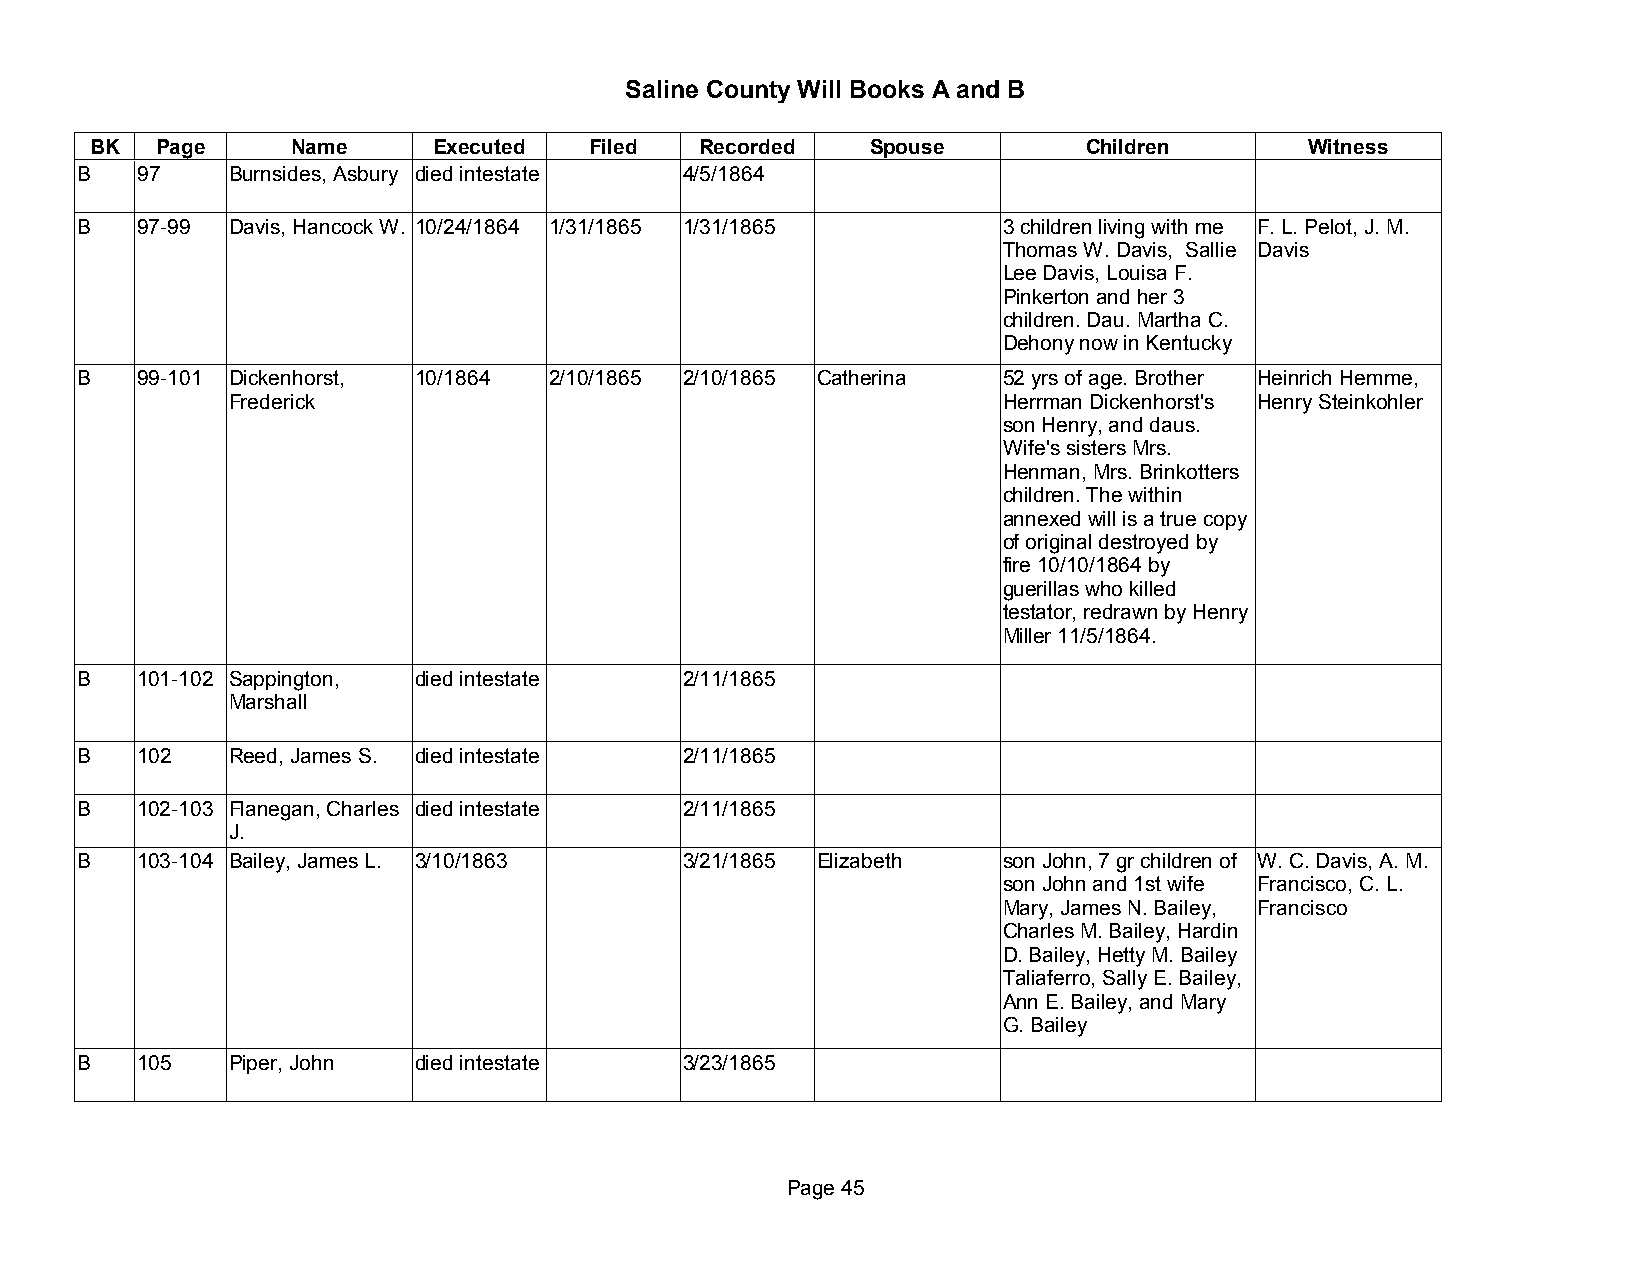
Saline County Will Books A and B
 BK  Page     Name      Executed  Filed  Recorded    Spouse        Children       Witness
 B   97    Burnsides, Asbury died intestate 4/5/1864
 B   97-99 Davis, Hancock W. 10/24/1864 1/31/1865 1/31/1865   3 children living with me F. L. Pelot, J. M.
 Thomas W. Davis, Sallie Davis
 Lee Davis, Louisa F.
 Pinkerton and her 3
 children. Dau. Martha C.
 Dehony now in Kentucky
 B   99-101 Dickenhorst, 10/1864 2/10/1865 2/10/1865 Catherina 52 yrs of age. Brother Heinrich Hemme,
 Frederick                                          Herrman Dickenhorst's Henry Steinkohler
 son Henry, and daus.
 Wife's sisters Mrs.
 Henman, Mrs. Brinkotters
 children. The within
 annexed will is a true copy
 of original destroyed by
 fire 10/10/1864 by
 guerillas who killed
 testator, redrawn by Henry
 Miller 11/5/1864.
 B   101-102 Sappington, died intestate  2/11/1865
 Marshall
 B   102   Reed, James S. died intestate 2/11/1865
 B   102-103 Flanegan, Charles died intestate 2/11/1865
 J.
 B   103-104 Bailey, James L. 3/10/1863  3/21/1865 Elizabeth  son John, 7 gr children of W. C. Davis, A. M.
 son John and 1st wife Francisco, C. L.
 Mary, James N. Bailey, Francisco
 Charles M. Bailey, Hardin
 D. Bailey, Hetty M. Bailey
 Taliaferro, Sally E. Bailey,
 Ann E. Bailey, and Mary
 G. Bailey
 B   105   Piper, John died intestate    3/23/1865
 Page 45